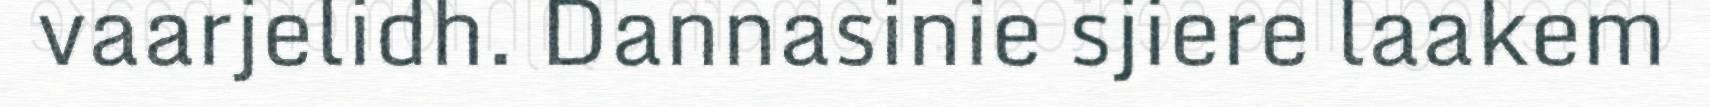
vaarjelidh. Dannasinie sjiere laakem